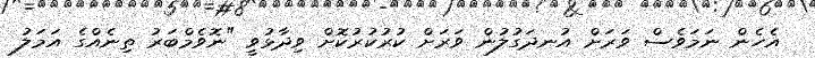
އެހެން ނަމަވެސް ވަރަށް އުނދަގުލުން ވަރަށް ކުރުކުރުކޮށް ވިދާޅުވީ "ނޮވެމްބަރު ތިނެއްގެ އަމަލު